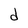
Character: d